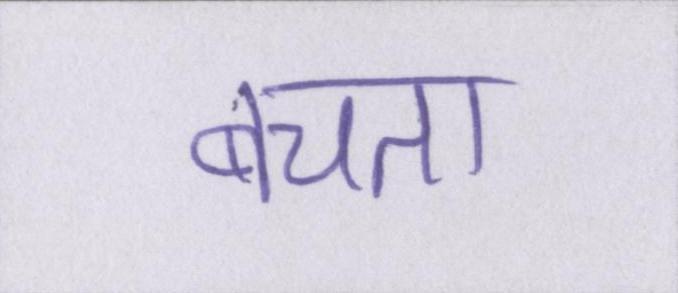
बचता